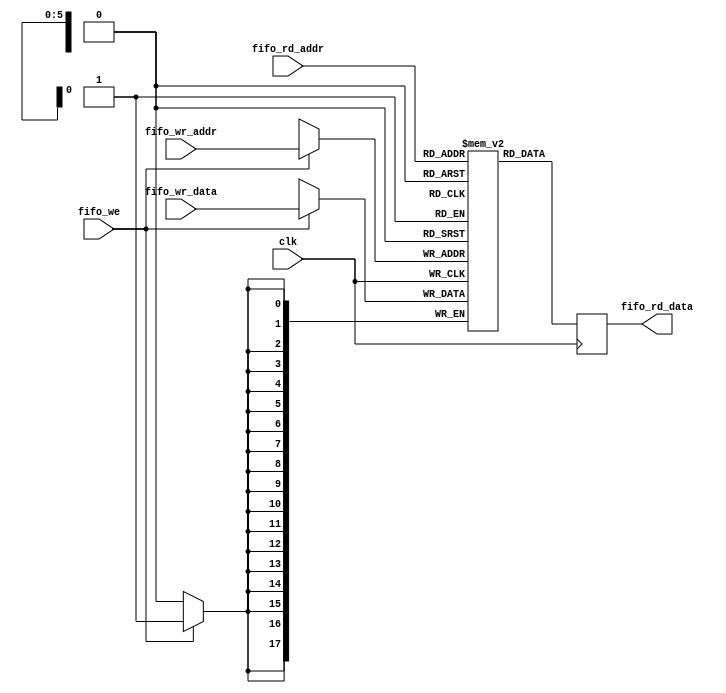
module mic_fifo 
#(parameter ADDR_WIDTH = 6, parameter DATA_WIDTH = 18)
(
	input clk, fifo_we,
	input [(ADDR_WIDTH-1):0] fifo_wr_addr, fifo_rd_addr,
	input [(DATA_WIDTH-1):0] fifo_wr_data,
	output reg [(DATA_WIDTH-1):0] fifo_rd_data
);

	reg [DATA_WIDTH-1:0] fifo [2**ADDR_WIDTH-1:0];
	
	// FIFO write Port 
	always @ (posedge clk)
	begin
		if (fifo_we)
			fifo[fifo_wr_addr] <= fifo_wr_data;
	end 

	// FIFO read Port 
	always @ (posedge clk)
	begin
		fifo_rd_data <= fifo[fifo_rd_addr];
	end
	
endmodule